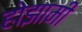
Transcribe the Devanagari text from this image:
होझामी